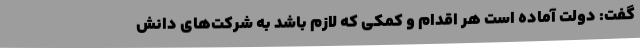
گفت: دولت آماده است هر اقدام و کمکی که لازم باشد به شرکت‌های دانش